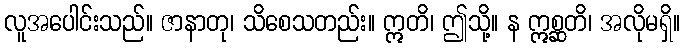
လူအပေါင်းသည်။ ဇာနာတု၊ သိစေသတည်း။ ဣတိ၊ ဤသို့။ န ဣစ္ဆတိ၊ အလိုမရှိ။